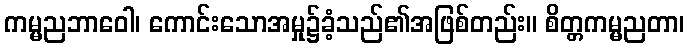
ကမ္မညဘာဝေါ၊ ကောင်းသောအမှု၌ခံ့သည်၏အဖြစ်တည်း။ စိတ္တကမ္မညတာ၊